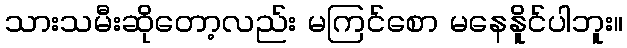
သားသမီးဆိုတော့လည်း မကြင်စော မနေနိူင်ပါဘူး။